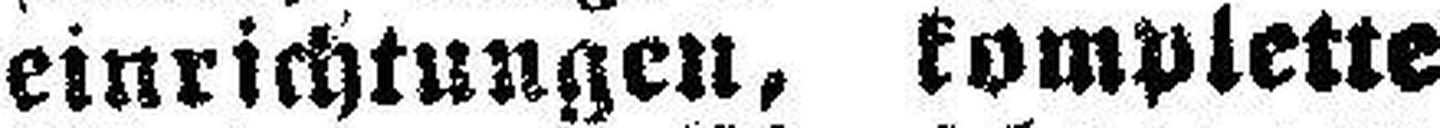
einrichtungen, komplette